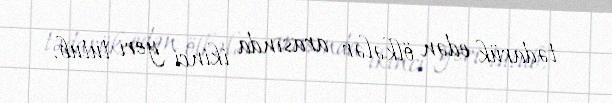
tədarük edən ölkələr arasında ikinci yeri tutub.